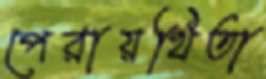
পেরায়থিতা